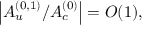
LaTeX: \left| { \cal A } _ { u } ^ { ( 0 , 1 ) } / { \cal A } _ { c } ^ { ( 0 ) } \right| = { \cal O } ( 1 ) ,